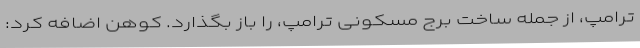
ترامپ، از جمله ساخت برج مسکونی ترامپ، را باز بگذارد. کوهن اضافه کرد: